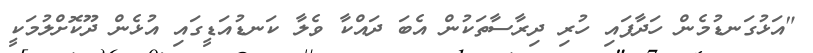
"އަޅުގަނޑުމެން ހަދާފައި ހުރި ދިރާސާތަކުން އެބަ ދައްކާ ވެލާ ކަނޑުއަޑީގައި އުޅެން ދޫކޮށްލުމަކީ